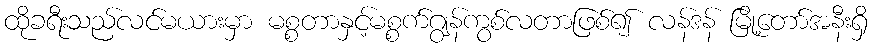
ထိုခရီးသည်လင်မယားမှာ မစ္စတာနှင့်မစ္စက်ဂျွန်ကွစ်လတာဖြစ်၍ လန်ဒန် မြို့တော်အနီးရှိ